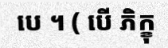
បេ ។ ( បើ ភិក្ខុ